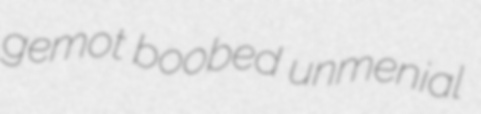
gemot boobed unmenial